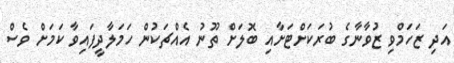
އަދި ޒަހަމްވި ޒުވާނާގެ ބުރަކަށްޓަށާއި ބޮލަށް ތޫނު އެއްޗަކުން ހަމަލާދީފައިވާ ކަމަށް ވެސް